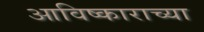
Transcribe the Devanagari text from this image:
आविष्काराच्या